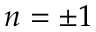
n = \pm 1